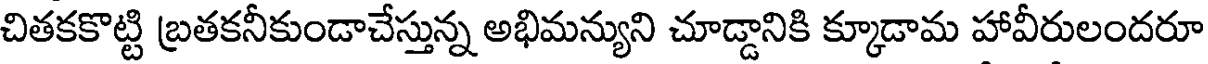
చితకకొట్టి బ్రతకనీకుండాచేస్తున్న అభిమన్యుని చూడ్డానికి క్కూడామ హావీరులందరూ